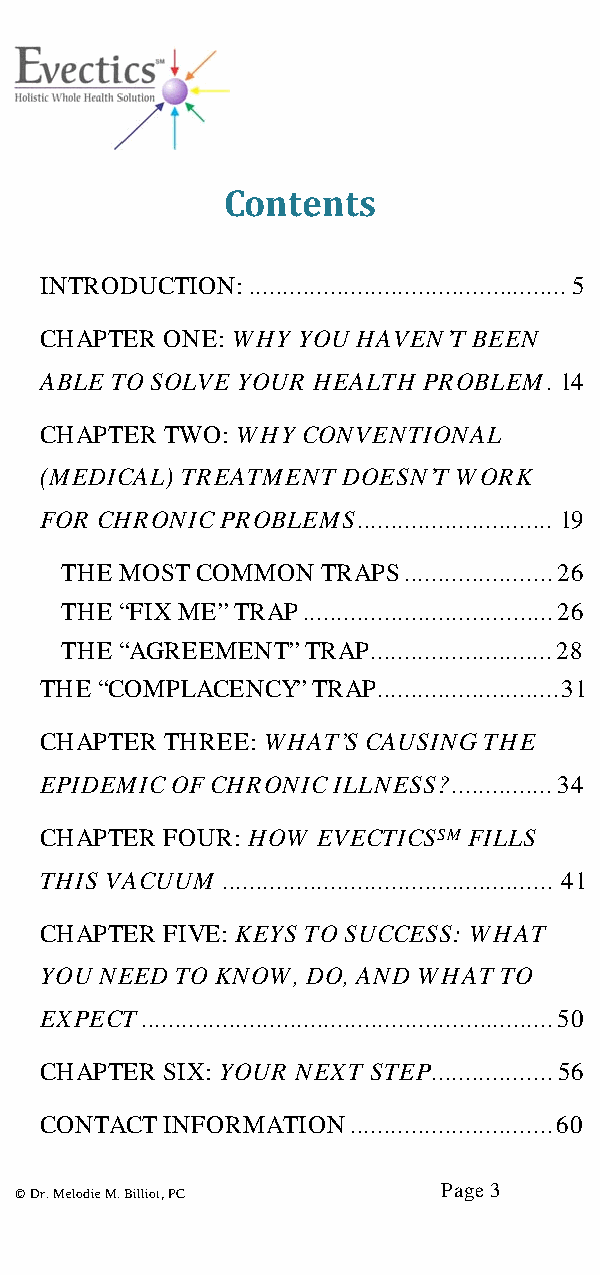
Contents
 INTRODUCTION: ............................................... 5
 CHAPTER ONE: WHY YOU HAVEN’T BEEN
 ABLE TO SOLVE YOUR HEALTH PROBLEM . 14
 CHAPTER TWO: WHY CONVENTIONAL
 (MEDICAL) TREATMENT DOESN’T WORK
 FOR CHRONIC PROBLEMS ............................. 19
 THE MOST COMMON  TRAPS ...................... 26
 THE “FIX ME” TRAP ..................................... 26
 THE “AGREEMENT” TRAP ........................... 28
 THE “COMPLACENCY” TRAP ........................... 31
 CHAPTER THREE: WHAT’S CAUSING THE
 EPIDEMIC OF CHRONIC ILLNESS? ............... 34
 CHAPTER FOUR: HOW EVECTICSSM FILLS
 THIS VACUUM ................................................. 41
 CHAPTER FIVE: KEYS TO SUCCESS: WHAT
 YOU NEED TO KNOW, DO, AND WHAT TO
 EXPECT ............................................................. 50
 CHAPTER SIX: YOUR NEXT STEP .................. 56
 CONTACT INFORMATION .............................. 60
 Page 3
 © Dr. Melodie M. Billiot, PC